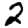
Digit: 2